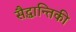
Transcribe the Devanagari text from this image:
सैद्धान्तिकी